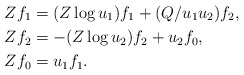
\begin{align*}Zf_1 & = (Z\log u_1)f_1 + (Q/u_1u_2)f_2,\\Zf_2 & = -(Z\log u_2)f_2 + u_2f_0,\\Zf_0 & = u_1f_1.\end{align*}